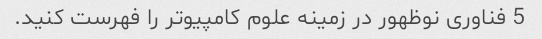
5 فناوری نوظهور در زمینه علوم کامپیوتر را فهرست کنید.